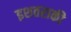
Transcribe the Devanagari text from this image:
इशतराकी